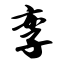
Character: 孪